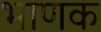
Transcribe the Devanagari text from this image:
भाणक